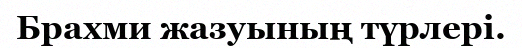
Брахми жазуының түрлері.